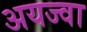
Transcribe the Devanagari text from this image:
अयज्वा